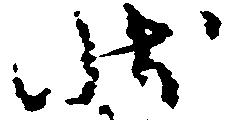
状